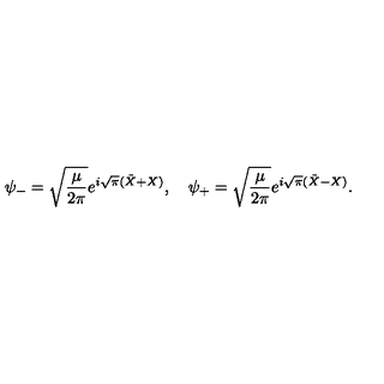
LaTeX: \psi _ { - } = \sqrt { { \frac { \mu } { 2 \pi } } } e ^ { i \sqrt { \pi } ( \tilde { X } + X ) } , \quad \psi _ { + } = \sqrt { { \frac { \mu } { 2 \pi } } } e ^ { i \sqrt { \pi } ( \tilde { X } - X ) } .